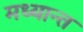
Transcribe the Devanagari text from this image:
मध्यान्त